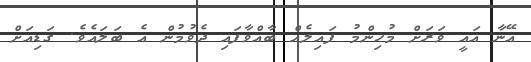
އޭނާ އައީ ވަރަށް މުހިންމު ފައިލެއް ބާއްވާފައި ދެވުމުން އެ ބަލައެވެ. ގަޑިއަށް